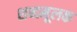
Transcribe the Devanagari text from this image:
शब्दमूलक